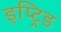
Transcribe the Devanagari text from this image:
इप्ट्रिड